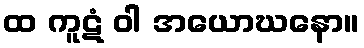
ထ ကူဋံ ဝါ အယောဃနော။